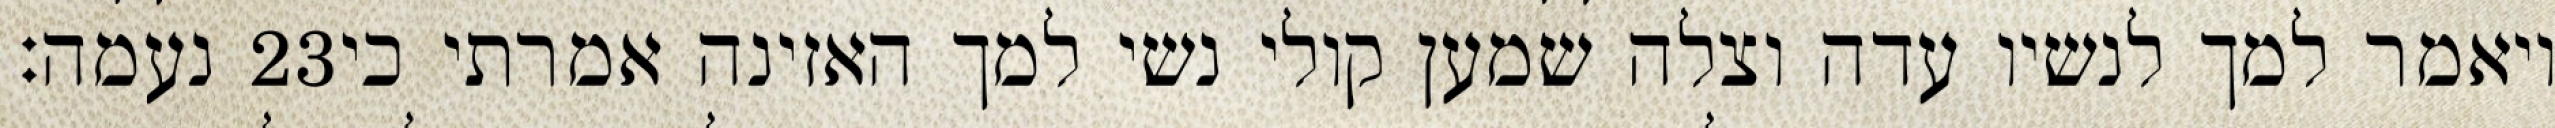
נעמה׃ ‎23‏ ויאמר למך לנשיו עדה וצלה שמען קולי נשי למך האזינה אמרתי כי